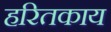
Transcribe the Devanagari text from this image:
हरितकाय